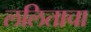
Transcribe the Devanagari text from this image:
ललिताचा